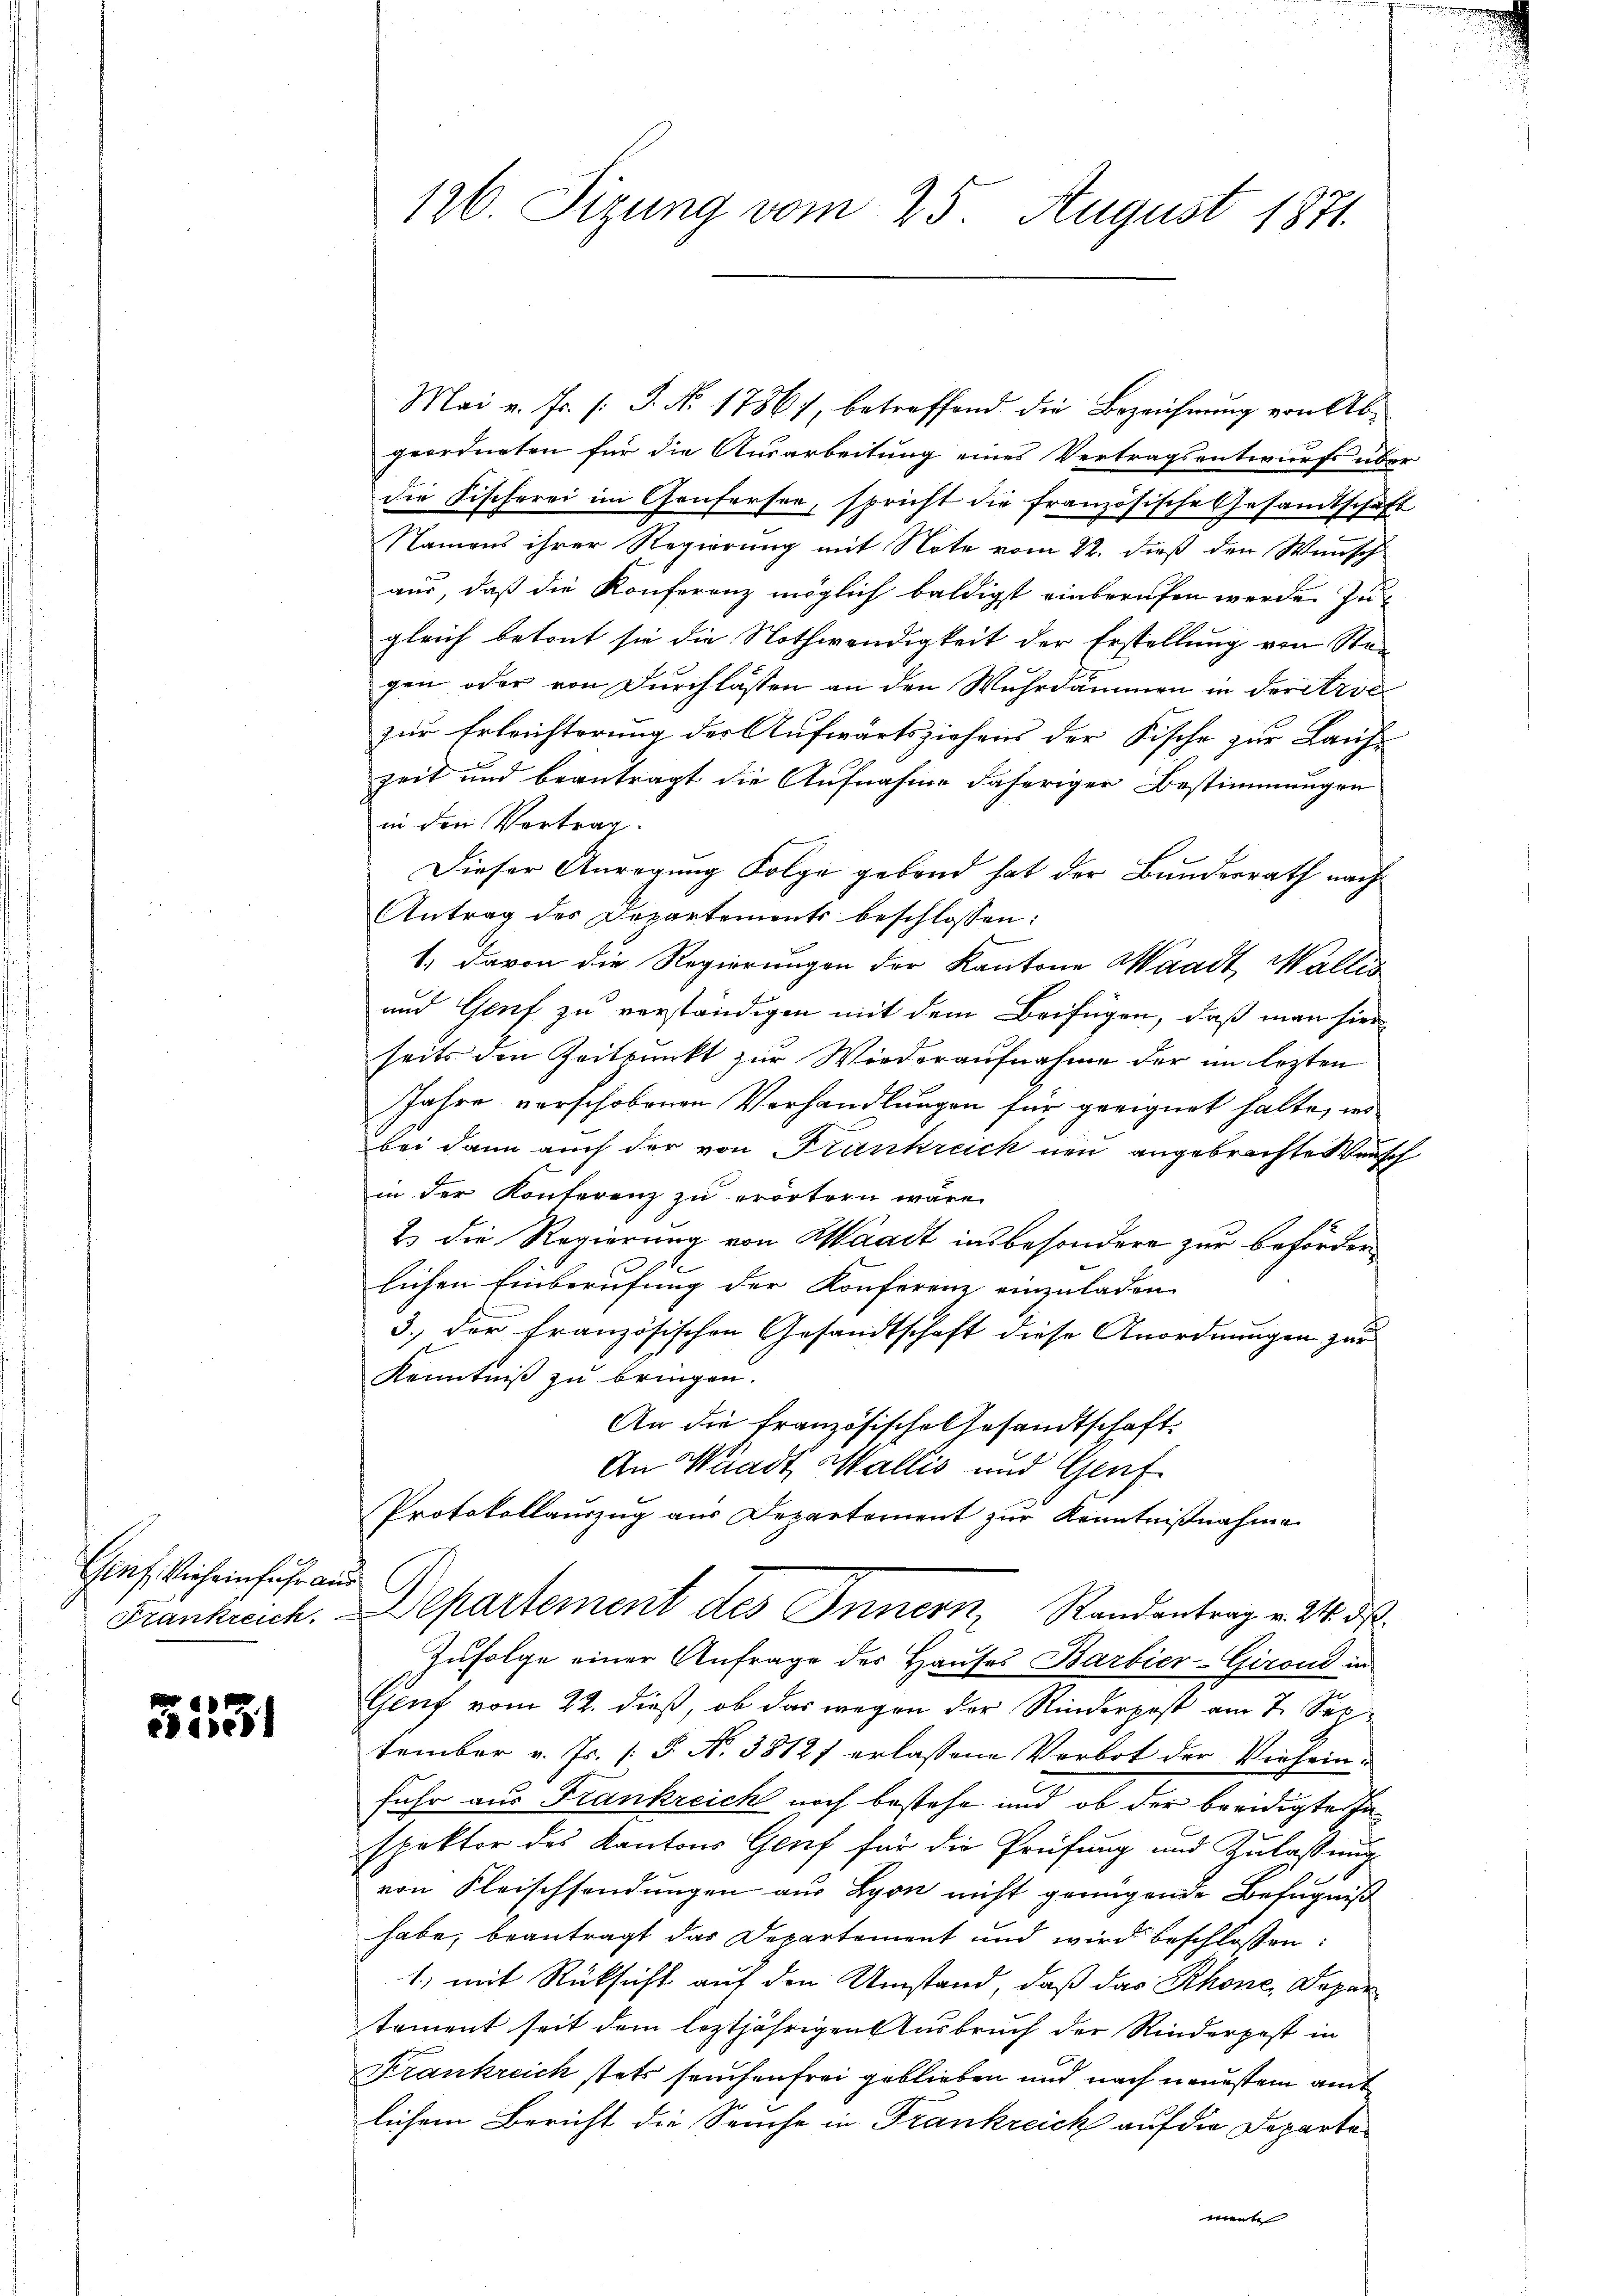
Genf Vieheinfuhr aus

3131

126. Sizung vom 25. August 1871.

Mai v. fr. (: J. No. 1786), betreffend die Bezeichnung von Abgeordneten für die Ausarbeitung eines Vertragsentwurfs über
die Fischerei im Genfersee, spricht die französische Gesandtschaft
Namens ihrer Regierung mit Note vom 22. dieß der Wunsch
aus, daß die Konferenz möglich baldigst einberufen werde. Zu-
gleich betont sie die Nothwendigkeit der Erstellung von Stan
gen oder von Durchlassen an den Wuhrdammen in der Arse
zur Erleichterung der Aufwärtsziehens der Fische zur Laufzeit und beantragt die Aufnahme daheriger Bestimmungen
in den Vertrag.
Dieser Anregung Folge gebend hat der Bundesrath nach
Antrag des Departements beschlossen:
1. davon die Regierungen der Kantone Waadt, Wallis
und Genf zu verständigen mit dem Beifügen, daß man hier
seits den Zeitpunkt zur Wiederaufnahme der im lezten
Jahre vorschobenen Vorhandlungen für geeignet halte, in
bei dann auch der von Frankreich neu angebrachte Wunsch
in der Konferenz zu erörtern wäre.
2.) Die Regierung von Waadt insbesondere zur Beförderlichen Einberufung der Konferenz einzuladen
3. der französischen Gesandtschaft diese Anordnungen zur
Kenntniß zu bringen.
An die französische Gesandtschaft.
An Waadt, Wallis und Genf
Protokollauszug aus Departement zur Kenntnißnahme
Frankreich. Departement des Innern, Randantrag v. 3. ds.
Zufolge einer Anfrage des Hauses Barbier-Giront in
Genf vom 22. dieß, ob das wegen der Kinderpost am 7. Sep
tember v. Js. [S. N. 38121 erlassene Verbot der Vieheinfuhr aus Frankreich noch bestehe und ob der beeidigte Jaspektor des Kantons Genf für die Prüfung und Zulassung
von Fleischsendungen aus Lyon nicht genügende Befugniß
habe, beantragt das Departement und wird beschlossen:
1.) mit Rücksicht auf den Umstand, daß das Rhone, Depar
tement seit dem leztjährigen Ausbruch der Rinderpost in
Krankreich stets seuchenfrei geblieben und nach neuestem amt
lichem Bericht die Seuche in Frankreich auf die Departe¬